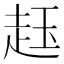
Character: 䞝